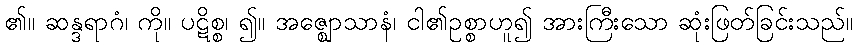
၏။ ဆန္ဒရာဂံ၊ ကို။ ပဋိစ္စ၊ ၍။ အဇ္ဈောသာနံ၊ ငါ၏ဥစ္စာဟူ၍ အားကြီးသော ဆုံးဖြတ်ခြင်းသည်။